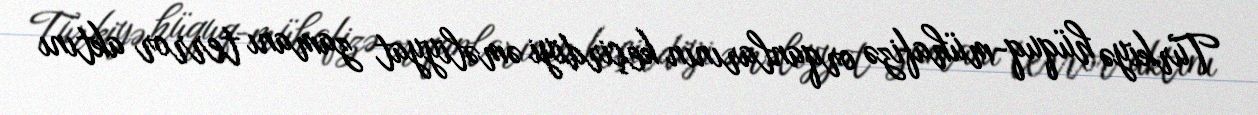
Türkiyə hüquq-mühafizə orqanlarının keçirdiyi əməliyyat zamanı terror aktını